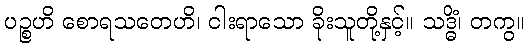
ပဉ္စဟိ စောရသတေဟိ၊ ငါးရာသော ခိုးသူတို့နှင့်။ သဒ္ဓိံ၊ တကွ။